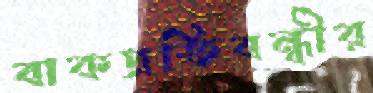
বাকপ্রতিবন্ধীর